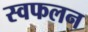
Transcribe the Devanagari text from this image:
स्वफलन